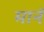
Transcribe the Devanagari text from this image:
मानॅ